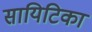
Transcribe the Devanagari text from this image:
सायिटिका